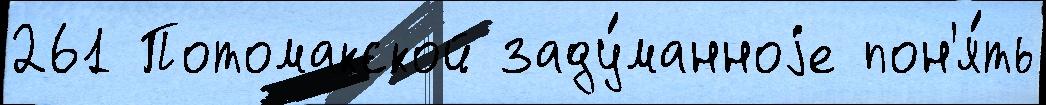
261 Потомакской заду́манноjе пон'я́ть